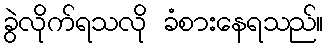
ခွဲလိုက်ရသလို ခံစားနေရသည်။